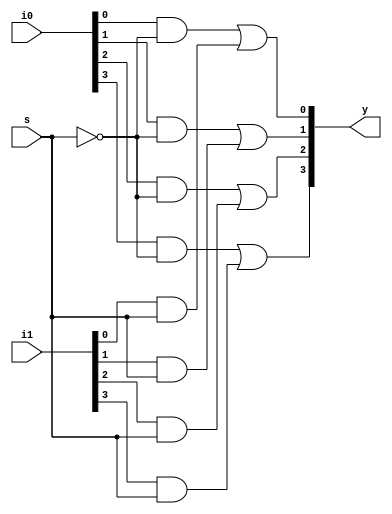
module MUX2to1_w4(output [3:0] y, input [3:0] i0, i1, input s);

  wire [3:0] e0, e1;
  not (sn, s);
  
  and (e0[0], i0[0], sn);
  and (e0[1], i0[1], sn);
  and  (e0[2], i0[2], sn);
  and  (e0[3], i0[3], sn);
      
  and  (e1[0], i1[0], s);
  and (e1[1], i1[1], s);
  and  (e1[2], i1[2], s);
  and (e1[3], i1[3], s);
  
  or  (y[0], e0[0], e1[0]);
  or  (y[1], e0[1], e1[1]);
  or  (y[2], e0[2], e1[2]);
  or  (y[3], e0[3], e1[3]);
  
endmodule